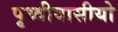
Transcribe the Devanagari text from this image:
पृथ्वीवासीयो